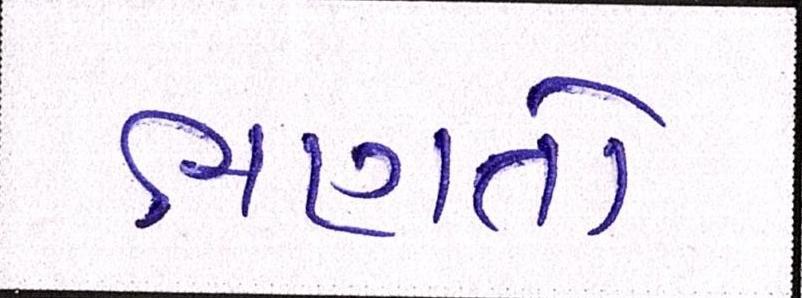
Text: ભણતો